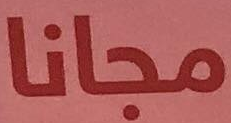
مجانا